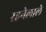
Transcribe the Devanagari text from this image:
रहनेलाले